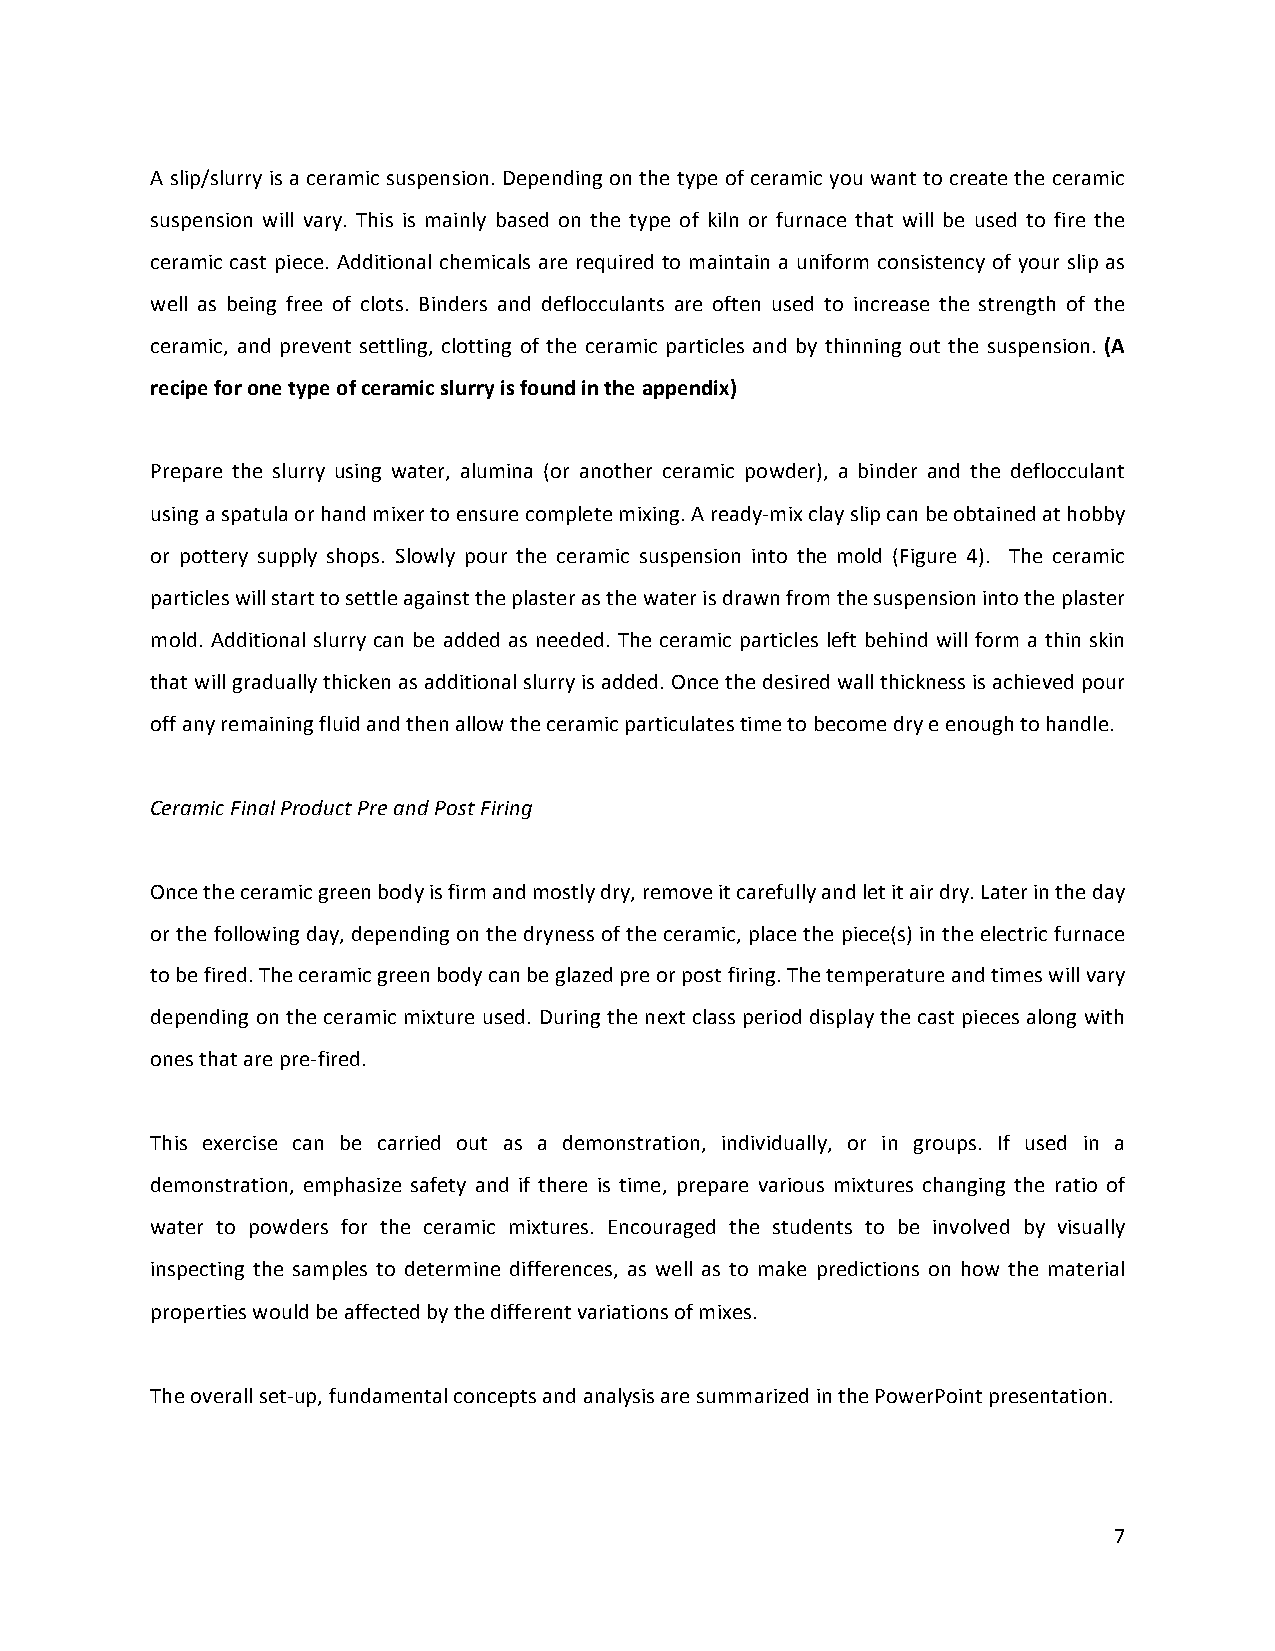
A slip/slurry is a ceramic suspension. Depending on the type of ceramic you want to create the ceramic
 suspension will vary. This is mainly based on the type of kiln or furnace that will be used to fire the
 ceramic cast piece. Additional chemicals are required to maintain a uniform consistency of your slip as
 well as being free of clots. Binders and deflocculants are often used to increase the strength of the
 ceramic, and prevent settling, clotting of the ceramic particles and by thinning out the suspension. (A
 recipe for one type of ceramic slurry is found in the appendix)
 Prepare the slurry using water, alumina (or another ceramic powder), a binder and the deflocculant
 using a spatula or hand mixer to ensure complete mixing. A ready-­‐mix clay slip can be obtained at hobby
 or pottery supply shops. Slowly pour the ceramic suspension into the mold (Figure 4). The ceramic
 particles will start to settle against the plaster as the water is drawn from the suspension into the plaster
 mold. Additional slurry can be added as needed. The ceramic particles left behind will form a thin skin
 that will gradually thicken as additional slurry is added. Once the desired wall thickness is achieved pour
 off any remaining fluid and then allow the ceramic particulates time to become dry e enough to handle.
 Ceramic Final Product Pre and Post Firing
 Once the ceramic green body is firm and mostly dry, remove it carefully and let it air dry. Later in the day
 or the following day, depending on the dryness of the ceramic, place the piece(s) in the electric furnace
 to be fired. The ceramic green body can be glazed pre or post firing. The temperature and times will vary
 depending on the ceramic mixture used. During the next class period display the cast pieces along with
 ones that are pre-­‐fired.
 This exercise can be carried out as a demonstration, individually, or in groups. If used in a
 demonstration, emphasize safety and if there is time, prepare various mixtures changing the ratio of
 water to powders for the ceramic mixtures. Encouraged the students to be involved by visually
 inspecting the samples to determine differences, as well as to make predictions on how the material
 properties would be affected by the different variations of mixes.
 The overall set-­‐up, fundamental concepts and analysis are summarized in the PowerPoint presentation.
 7